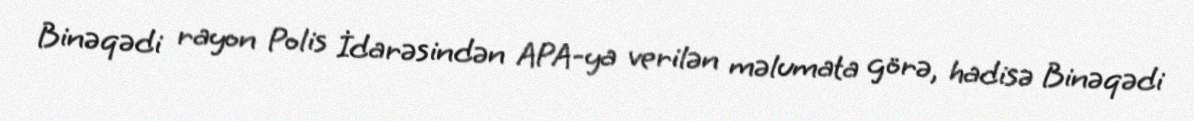
Binəqədi rayon Polis İdarəsindən APA-ya verilən məlumata görə, hadisə Binəqədi